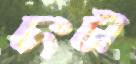
ঢংটা